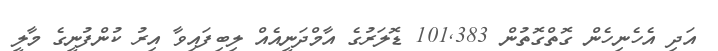
އަދި އެހެނިހެން ގޮތްގޮތުން 101